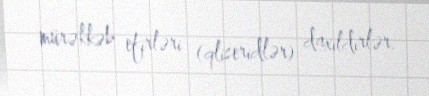
mürəkkəb efirləri (qliseridlər) daxildirlər.